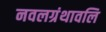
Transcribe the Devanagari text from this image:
नवलग्रंथावलि